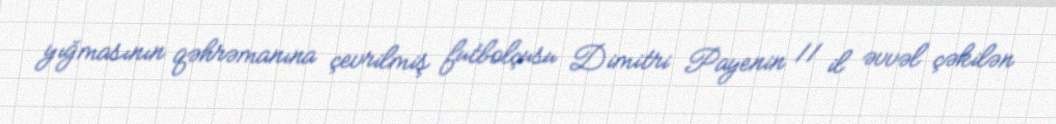
yığmasının qəhrəmanına çevrilmiş futbolçusu Dimitri Payenin 11 il əvvəl çəkilən